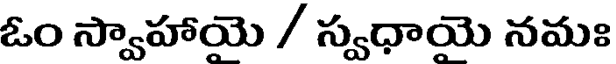
ఓం స్వాహాయె / స్వధాయె నమః